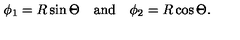
\phi _ { 1 } = R \sin \Theta \quad \mathrm { a n d } \quad \phi _ { 2 } = R \cos \Theta .